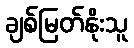
ချစ်မြတ်နိုးသူ